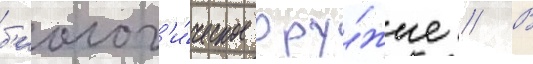
б'иолог'и́ческое ору́жие // В